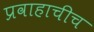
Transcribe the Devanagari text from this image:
प्रवाहाचीच